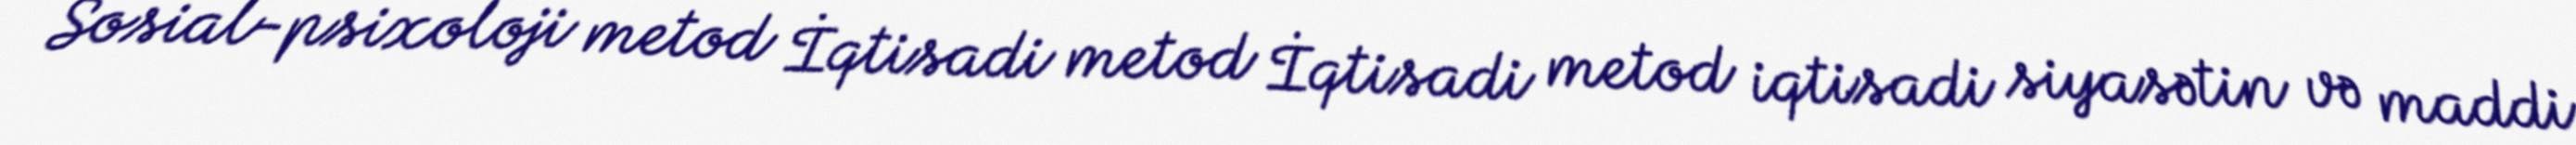
Sosial-psixoloji metod İqtisadi metod İqtisadi metod iqtisadi siyasətin və maddi